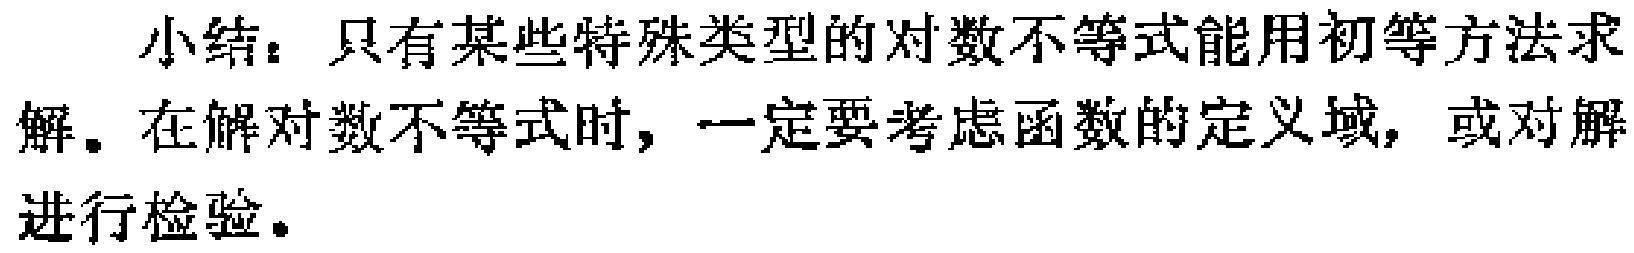
小结：只有某些特殊类型的对数不等式能用初等方法求解。在解对数不等式时，一定要考虑函数的定义域，或对解进行检验。